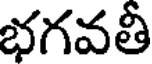
భగవతీ